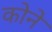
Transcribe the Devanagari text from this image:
काेने